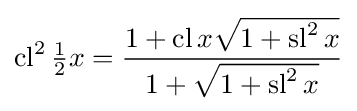
\operatorname {cl} ^{2}{\tfrac {1}{2}}x={\frac {1+\operatorname {cl} x{\sqrt {1+\operatorname {sl} ^{2}x}}}{1+{\sqrt {1+\operatorname {sl} ^{2}x}}}}